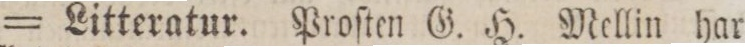
= Litteratur. Proſten G. H. Mellin har